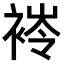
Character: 𧛎